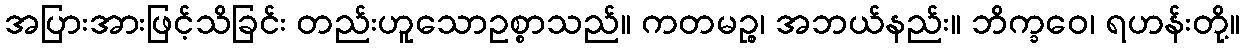
အပြားအားဖြင့်သိခြင်း တည်းဟူသောဥစ္စာသည်။ ကတမဉ္စ၊ အဘယ်နည်း။ ဘိက္ခဝေ၊ ရဟန်းတို့။